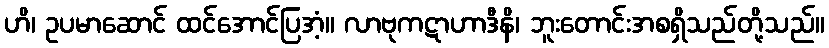
ဟိ၊ ဥပမာဆောင် ထင်အောင်ပြအံ့။ လာဗုကဋာဟာဒီနိ၊ ဘူးတောင်းအစရှိသည်တို့သည်။